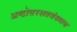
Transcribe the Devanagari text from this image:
अष्टोत्तरशतसंख्याक